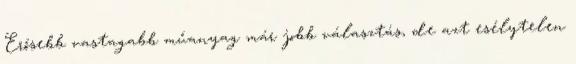
Erősebb vastagabb műanyag már jobb választás, de azt esélytelen